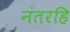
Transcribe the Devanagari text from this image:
नंतरहि